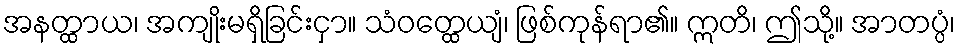
အနတ္ထာယ၊ အကျိုးမရှိခြင်းငှာ။ သံဝတ္ထေယျံ၊ ဖြစ်ကုန်ရာ၏။ ဣတိ၊ ဤသို့။ အာတပ္ပံ၊